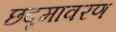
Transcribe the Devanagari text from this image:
छदृमावरण